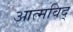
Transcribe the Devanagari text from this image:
आत्मविद्